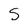
Character: S